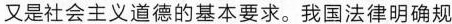
又是社会主义道德的基本要求。我国法律明确规